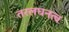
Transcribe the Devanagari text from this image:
तरलघनत्व